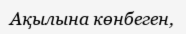
Ақылына көнбеген,